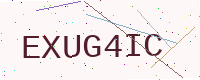
Text: EXUG4IC